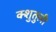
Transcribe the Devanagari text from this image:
क्शुतुली